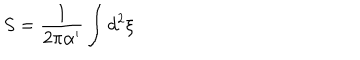
LaTeX: S = \frac { 1 } { 2 \pi \alpha ^ { \prime } } \int d ^ { 2 } \xi